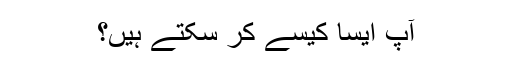
آپ ایسا کیسے کر سکتے ہیں؟